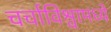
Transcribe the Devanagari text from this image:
चर्चाविश्वामध्ये